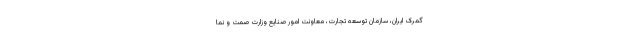
گمرک ایران، سازمان توسعه تجارت، معاونت امور صنایع وزارت صمت و نما